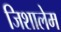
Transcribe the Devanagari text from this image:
जिशालेम